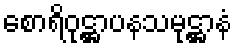
စောရိဝုဋ္ဌာပနသမုဋ္ဌာနံ